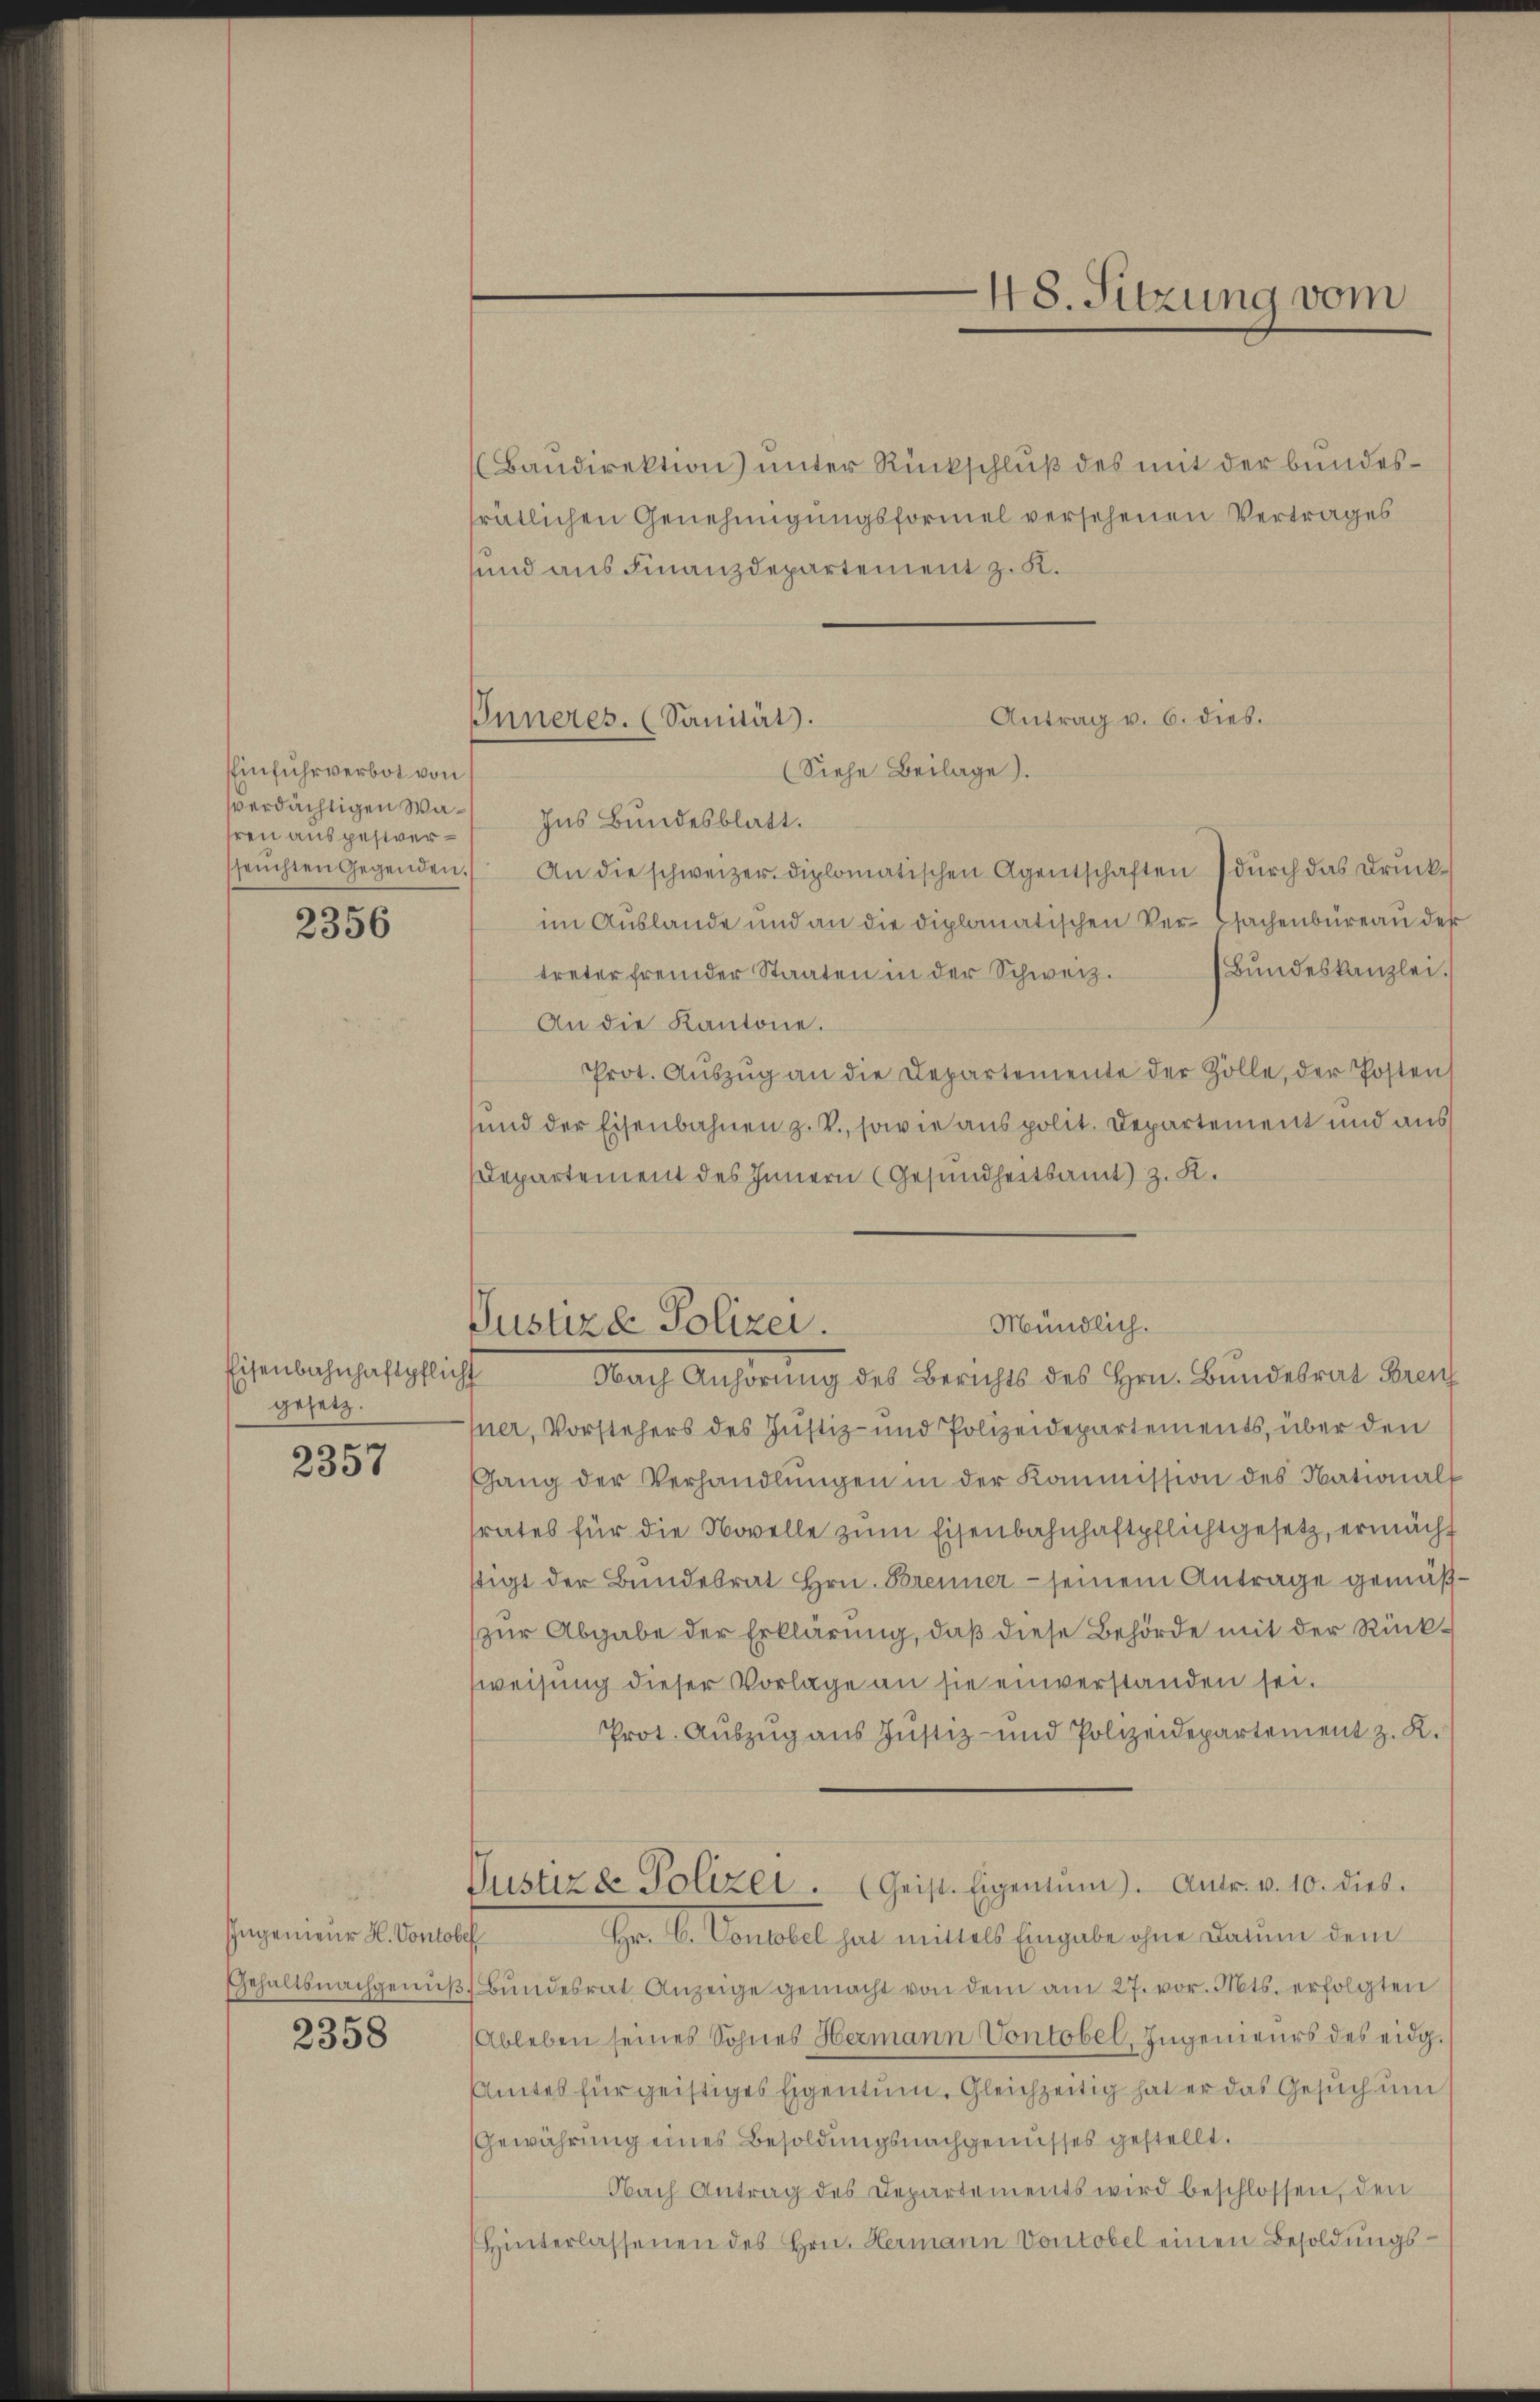
Einfuhrverbot von
verdächtigen Wahren ausgestrerseuchten Gegenden.

2356

Eisenbahnhaftpflicht
gesetz.

2357

Ingenieur H. Vontobe
Gehaltsnachgeniβ

2358

Baudirektion) unter Rückschluß des mit der bundesfrätlichen Genehmigungsformel versehenen Vertrages
und aus Finanzdepartement z. K.

Antrag v. 6. dies.
Inneres. (Sanität.
(Siehe Beilage).

Ins Bundesblatt.
An die schweizer diplomatischen Agentschaften durch das Druck-
im Auslande und an die diplomatischen der Sachenbüreau der
treter fremder Staaten in der Schweiz. Bŭndeskanzlei.
An die Kantone.
Prot. Aŭszŭg an die Departemente der Zölle, der Posten
und der Eisenbahnen z. B., sowie aus polit. Departement und aus
Departement des Innern (Gesundheitsamt z. R.
ner, Vorstehers des Justiz- und Polizeidepartements, über den
Gang der Verhandlŭngen in der Kommission des Nationalf
srates für die Novelle zŭm Eisenbahnhaftpflichtgesetz, ermächt
stigt der Bundesrat Hrn. Brenner - seinem Antrage gemäßzur Abgabe der Erklärung, daß diese Behörde mit der Rückweisung dieser Vorlage an sie einverstanden sei.
Prot. Auszug aus Justiz- und Polizeidepartement z. K.
Justizde Polizei . Geist. Eigentum. Andr. v. 10. dies.
Hr. C. Vontobel hat mittels Eingabe ohne darum dem
f
Bundesrat Anzeige gemacht von dem am 27. vor. Mts. erfolgten
Ableben seines Sohnes Hermann Vontobel, Ingenieurs des eidg.
Amtes für geistiges Eigentum. Gleichzeitig hat er das Gesuch um
Gewährung eines Besoldungsnachgenusses gestellt.
Nach Antrag des Departements wird beschlossen, den
Hinterlassenen des Hrn. Hermann Vontobel einen Besoldungs-

48. Sitzung vom

Mündlich.
Justiz & Polizei.
Nach Anhörung des Berichts des Hrn. Bundesrat Bren